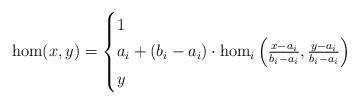
LaTeX: \begin{align*} \hom(x,y)= \begin{cases} 1 & \\ a_i+(b_i-a_i)\cdot\hom_i\left(\frac{x-a_i}{b_i-a_i},\frac{y-a_i}{b_i-a_i}\right) & \\ y & \end{cases} \end{align*}